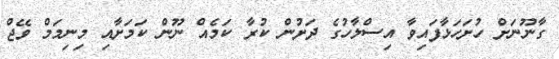
ގާނޫނަށް ހުށަހަޅާފައިވާ އިސްލާހުގެ ދަށުން ކުރާ ކަމެއް ނޫން ކަމަށާއި މިނިމަމް ވޭޖް